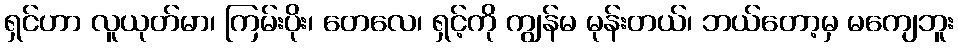
ရှင်ဟာ လူယုတ်မာ၊ ကြမ်းပိုး၊ တေလေ၊ ရှင့်ကို ကျွန်မ မုန်းတယ်၊ ဘယ်တော့မှ မကျေဘူး